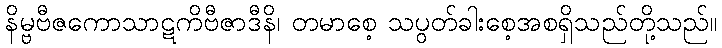
နိမ္ဗဗီဇကောသာဋကိဗီဇာဒီနိ၊ တမာစေ့ သပွတ်ခါးစေ့အစရှိသည်တို့သည်။